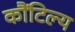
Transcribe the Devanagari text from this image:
कौंटिल्य